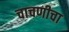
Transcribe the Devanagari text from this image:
चाचणीचा